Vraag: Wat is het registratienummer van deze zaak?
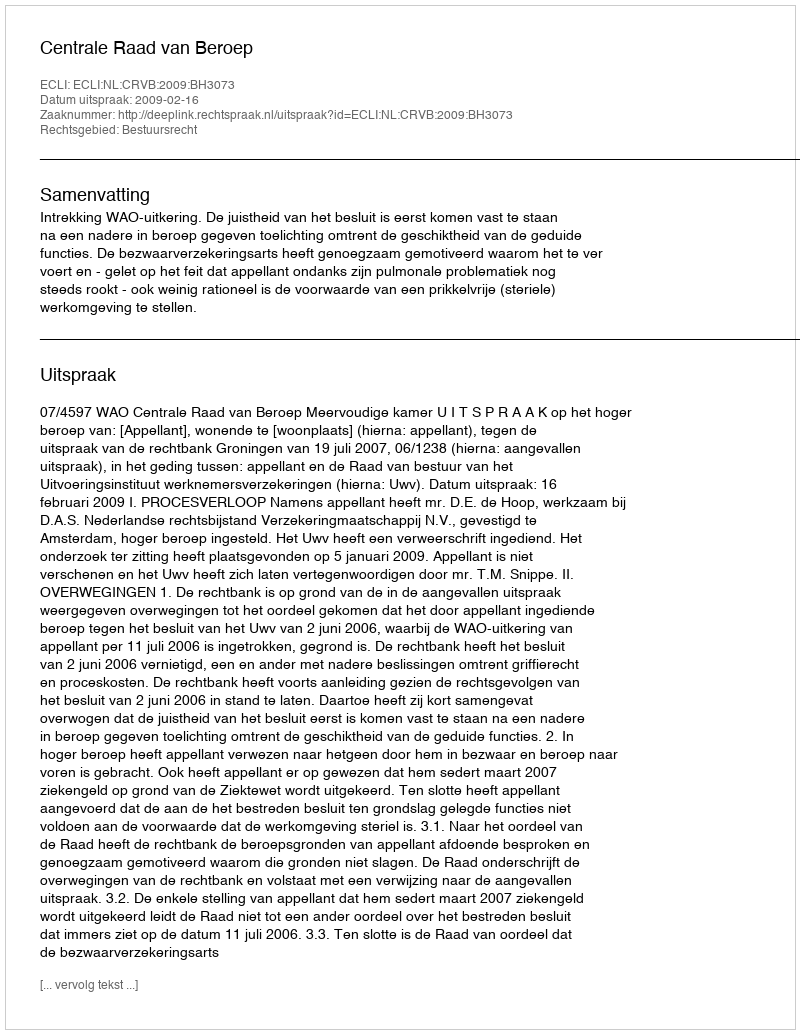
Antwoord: http://deeplink.rechtspraak.nl/uitspraak?id=ECLI:NL:CRVB:2009:BH3073